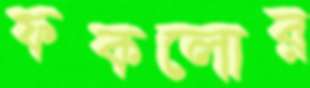
ফকলোর